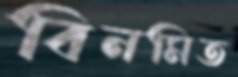
বিনমিত